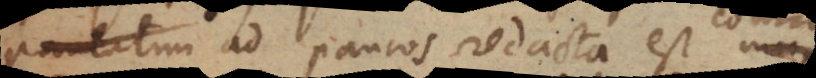
paulatim ad paucos redacta est